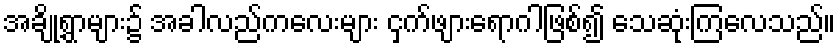
အချို့ရွာများ၌ အခါလည်ကလေးများ ငှက်ဖျားရောဂါဖြစ်၍ သေဆုံးကြလေသည်။